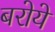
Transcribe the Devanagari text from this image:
बरोये